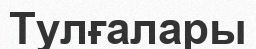
Тулғалары